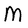
Character: M